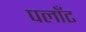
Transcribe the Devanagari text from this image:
पलाँट